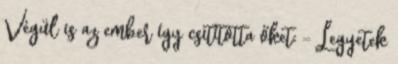
Végül is az ember így csitította őket: - Legyetek